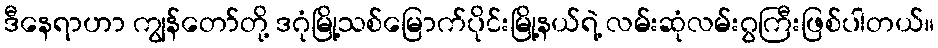
ဒီနေရာဟာ ကျွန်တော်တို့ ဒဂုံမြို့သစ်မြောက်ပိုင်းမြို့နယ်ရဲ့ လမ်းဆုံလမ်းဂွကြီးဖြစ်ပါတယ်။